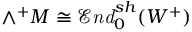
\wedge ^ { + } M \cong { \mathcal { E } } { \mathit { n d } } _ { 0 } ^ { s h } ( W ^ { + } )